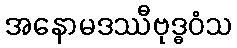
အနောမဒဿီဗုဒ္ဓဝံသ